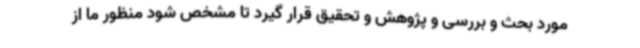
مورد بحث و بررسی و پژوهش و تحقیق قرار گیرد تا مشخص شود منظور ما از